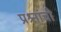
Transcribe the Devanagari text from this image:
प्रश्र्नांची